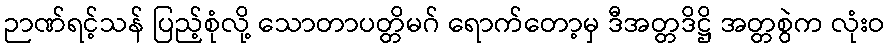
ဉာဏ်ရင့်သန် ပြည့်စုံလို့ သောတာပတ္တိမဂ် ရောက်တော့မှ ဒီအတ္တဒိဋ္ဌိ အတ္တစွဲက လုံးဝ